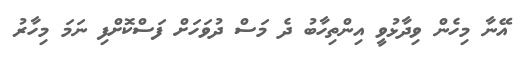
އޭނާ މިހެން ވިދާޅުވީ އިންތިހާބު ދެ މަސް ދުވަހަށް ފަސްކޮށްފި ނަމަ މިހާރު